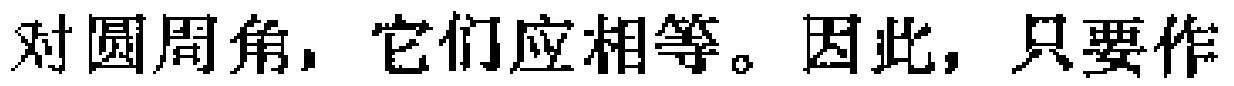
对圆周角，它们应相等。因此，只要作